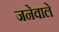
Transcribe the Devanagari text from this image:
जनेवाले